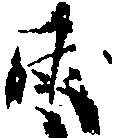
両